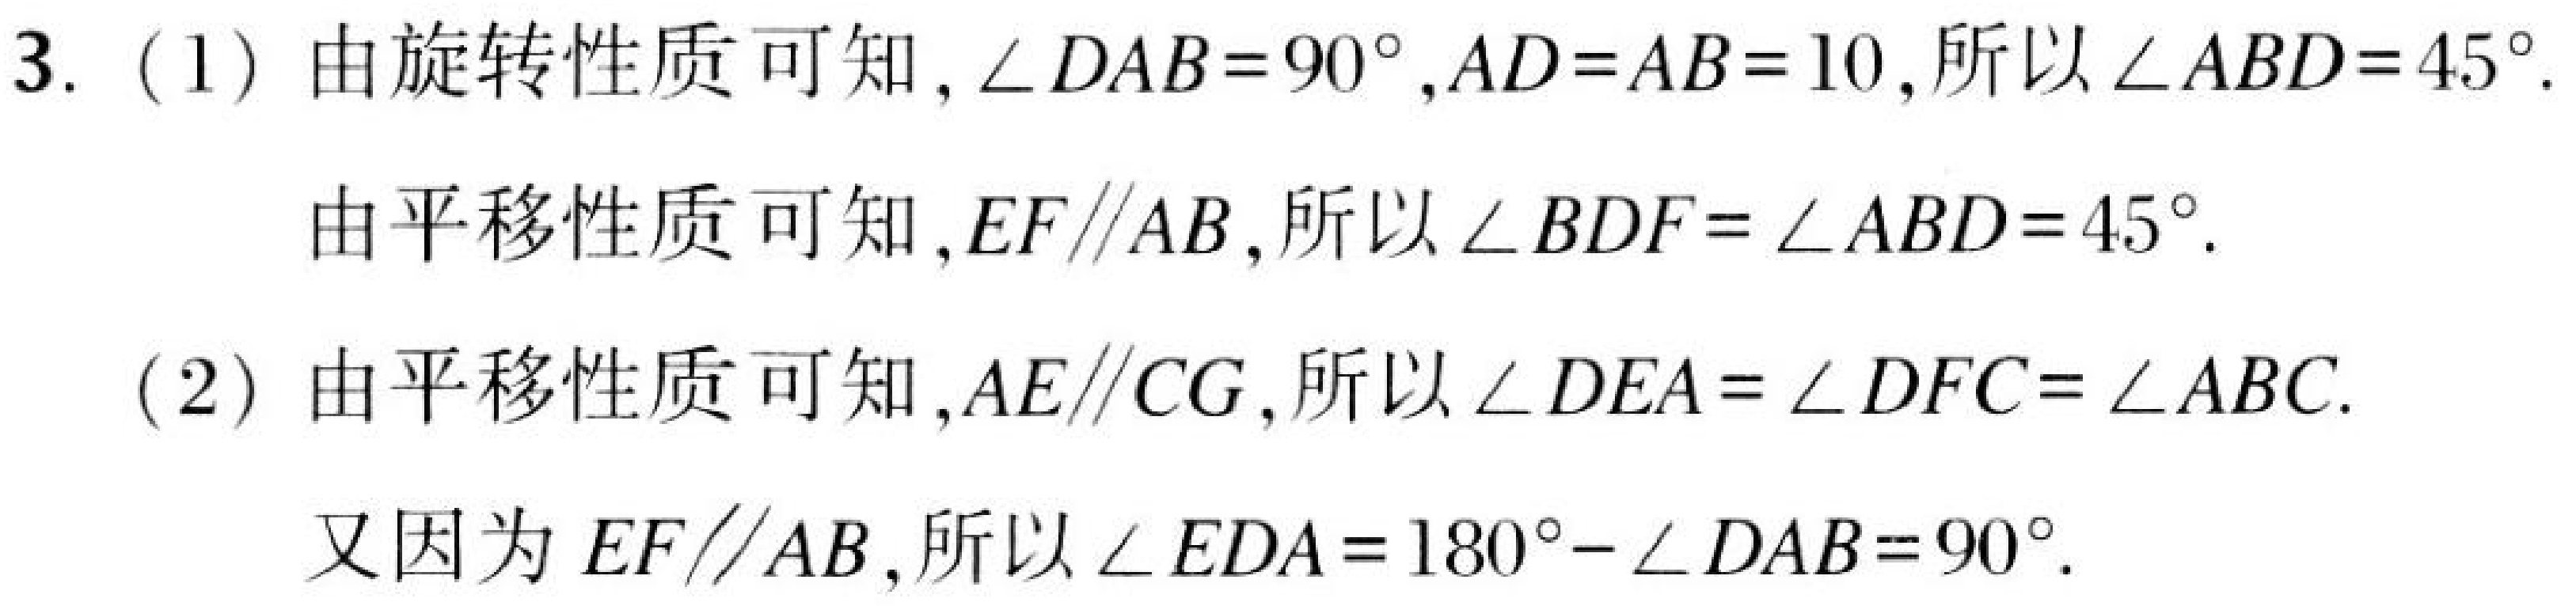
3. (1) 由旋转性质可知, \(\angle DAB = 90^{\circ},AD = AB = 10\),所以\(\angle ABD = 45^{\circ}\).
由平移性质可知, \(EF\parallel AB\),所以\(\angle BDF=\angle ABD = 45^{\circ}\).
(2) 由平移性质可知, \(AE\parallel CG\),所以\(\angle DEA=\angle DFC=\angle ABC\).
又因为\(EF\parallel AB\),所以\(\angle EDA = 180^{\circ}-\angle DAB = 90^{\circ}\).